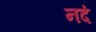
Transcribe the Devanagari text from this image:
नदं